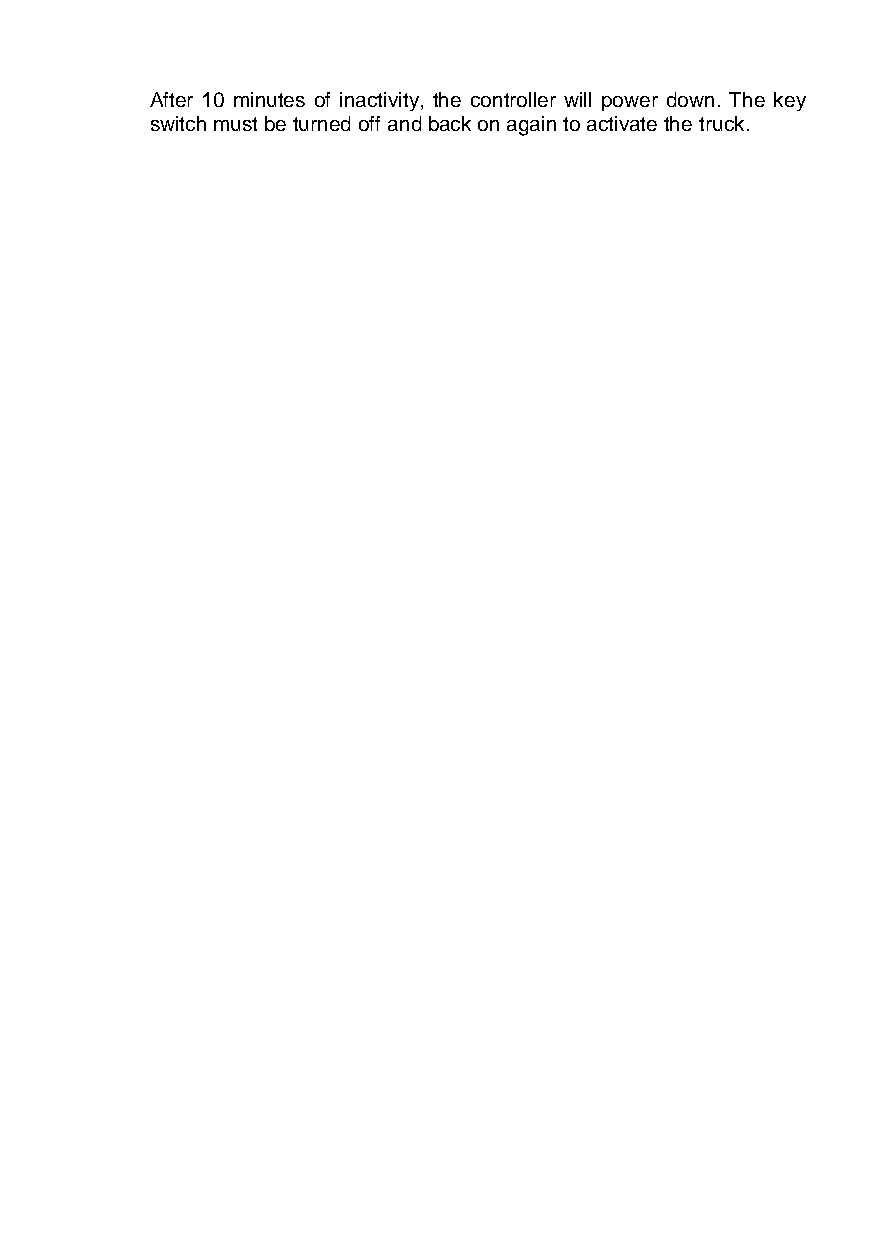
After 10 minutes of inactivity, the controller will power down. The key
 switch must be turned off and back on again to activate the truck.